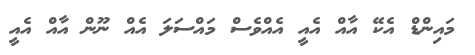
މައިންޑް އެކޭ އާއް އެއީ އެއްވެސް މައްސަލަ އެއް ނޫން އާއް އެއީ